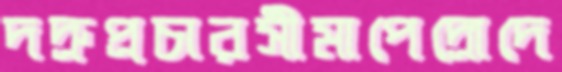
দদ্রুপ্রচারসীমাপেদ্রোদে